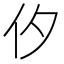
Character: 㐴